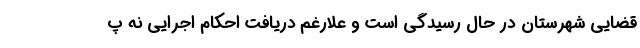
قضایی شهرستان در حال رسیدگی است و علارغم دریافت احکام اجرایی نه پ